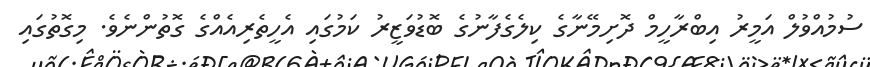
ސުމުއްވުލް އަމީރު އިބްރާހީމް ދޮށިމޭނާގެ ކިލެގެފާނުގެ ބޮޑުވަޒީރު ކަމުގައި އެހީތެރިއެއްގެ ގޮތުންނެވެ. މިގޮތުގައި